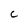
Character: C